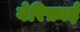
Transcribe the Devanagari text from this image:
वेरिफ़ाई